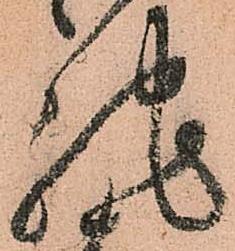
馳